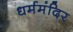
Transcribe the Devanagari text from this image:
धर्ममंदिर